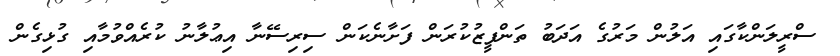
ސްރީލަންކާގައި އަލުން މަރުގެ އަދަބު ތަންފީޒުކުރަން ފަށާނެކަން ސިރިސޭނާ އިޢުލާނު ކުރެއްވުމާއި ގުޅިގެން